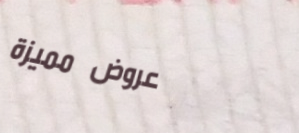
عروض مميزة